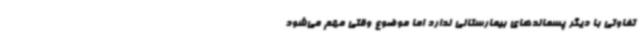
تفاوتی با دیگر پسماندهای بیمارستانی ندارد اما موضوع وقتی مهم می‌شود